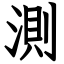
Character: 測